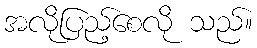
အလိုပြည့်စေလို သည်။